[Report on the health of British troops in the Madras command]
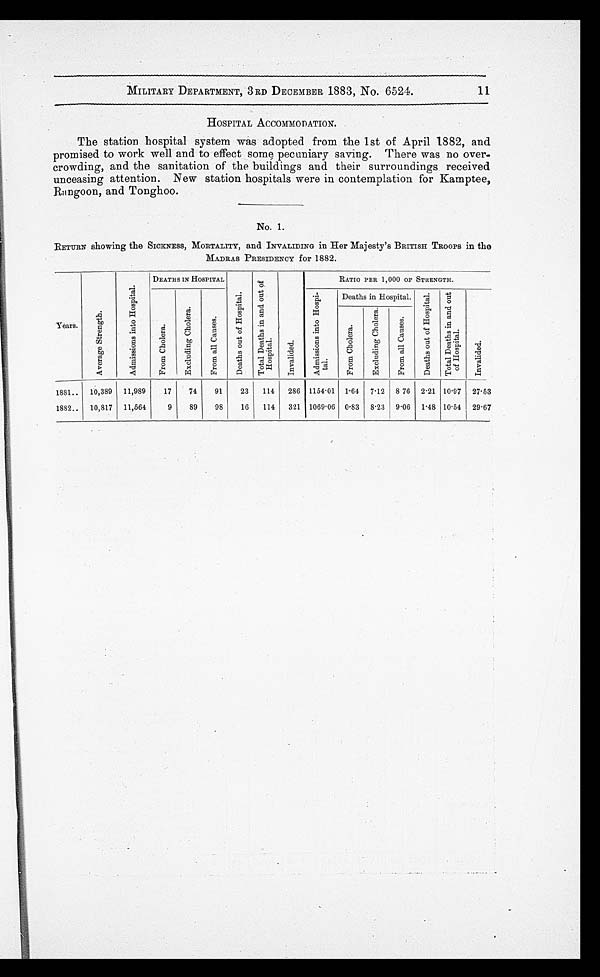
MILITARY DEPARTMENT, 3RD DECEMBER 1883, No. 6524.
HOSPITAL ACCOMMODATION.
The station hospital system was adopted from the 1st of April 1882, and
promised to work well and to effect some pecuniary saving. There was no over
-crowding, and the sanitation of the buildings and their surroundings received
unceasing attention. New station hospitals were in contemplation for Kamptee,
Rangoon, and Tonghoo.
No. 1.
RETURN showing the SICKNESS, MORTALITY, and INVALIDING in Her Majesty ' s BRITISH TROOPS in the
MADRAS PRESIDENCY for 1882.
Years.
A v e r a g e S t r e n g t h
.
A d m i s s i o n s i n t o H o s p i t a l .
DEATHS IN HOSPITAL
D e a t h s o u t o f H o s p i t a l .
T o t a l D e a t h s i n a n d o u t o f H o s p i t a l .
I n v a l i d e d .
RATIO PER 1,000 OF STRENGTH.
F r o m C h o l e r a .
E x c l u d i n g C h o l e r a .
F r o m a l l C a u s e s .
A d m i s s i o n s i n t o H o s p i - t a l .
Deaths in Hospital.
D e a t h s o u t o f H o s p i t a l .
T o t a l D e a t h s i n a n d o u t o f H o s p i t a l .
I n v a l i d e d .
F r o m C h o l e r a .
E x c l u d i n g C h o l e r a .
F r o m a l l C a u s e s .
1881 . . . 10,389 11,989
17
74
91
23
114
286 1154.01 1.64 7.12 8.76 2.21 10.97 27.53
1882 . . . 10,817 11,564
9
89
98
16
114
321 1069.06 0.83 8.23 9.06 1.48 10.54 29.67
11